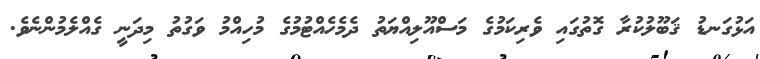
އަޅުގަނޑު ޤަބޫލުކުރާ ގޮތުގައި ވެރިކަމުގެ މަސްއޫލިއްޔަތު ދެމެހެއްޓުމުގެ މުހިއްމު ވަގުތު މިދަނީ ގެއްލެމުންނެވެ.